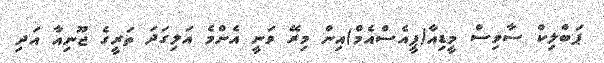
ޕަބްލިކް ސާވިސް މީޑިއާ(ޕީއެސްއެމް)އިން މިރޭ ވަނީ އެންމެ އަލިގަދަ ތަރީގެ ޖޫނިއާ އަދި